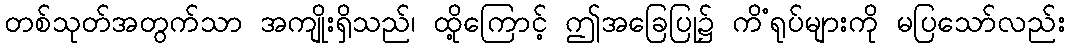
တစ်သုတ်အတွက်သာ အကျိုးရှိသည်၊ ထို့ကြောင့် ဤအခြေပြု၌ ကိံရုပ်များကို မပြသော်လည်း